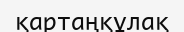
қартаңқұлақ